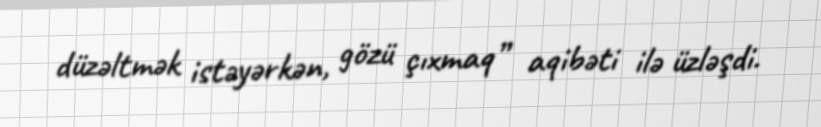
düzəltmək istəyərkən, gözü çıxmaq” aqibəti ilə üzləşdi.